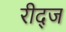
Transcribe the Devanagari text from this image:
रीद्ज